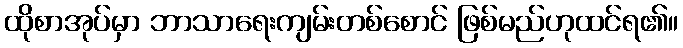
ထိုစာအုပ်မှာ ဘာသာရေးကျမ်းတစ်စောင် ဖြစ်မည်ဟုထင်ရ၏။